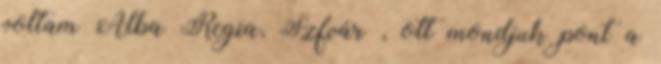
voltam Alba Regia, Szfvár , ott mondjuk pont a